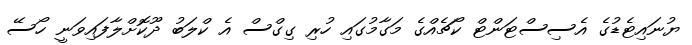
ޔުނައިޓެޑުގެ އެސިސްޓަންޓް ކޯޗެއްގެ މަގާމުގައި ހުރި ގިގްސް އެ ކްލަބު ދޫކޮށްލާފައިވަނީ ހޯސޭ